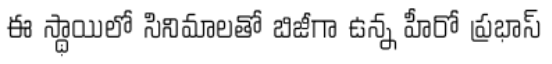
ఈ స్థాయిలో సినిమాలతో బిజీగా ఉన్న హీరో ప్రభాస్